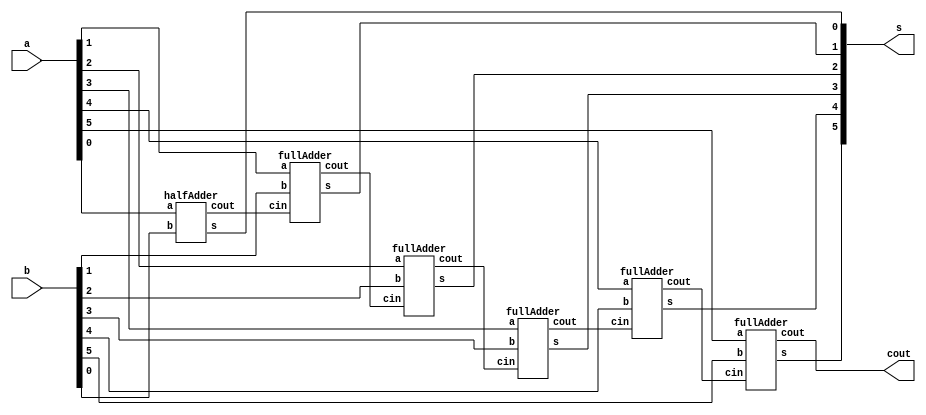
// ------------------------- 
// Exemplo0031 - FULL ADDER AND SUBSTRACTOR 
// Nome: Silvino Henrique Santos de Souza 
// ------------------------- 
// ------------------------- 
// full adder & subtractor
// ------------------------- 


module Exercicio01(cout, s, a, b);
//-----definir dados
	output[5:0] s;
	output cout;
	input[5:0] a, b;
	wire fio1, fio2, fio3,fio4,fio5;

	halfAdder HALFADDER1(fio1, s[0], a[0], b[0]);
	fullAdder FULLADDER1(fio2, s[1], fio1, a[1], b[1]);
	fullAdder FULLADDER2(fio3, s[2], fio2, a[2], b[2]);
	fullAdder FULLADDER3(fio4, s[3], fio3, a[3], b[3]);
	fullAdder FULLADDER4(fio5, s[4], fio4, a[4], b[4]);
	fullAdder FULLADDER5(cout, s[5], fio5, a[5], b[5]);
	
endmodule// fim exercicio01

module fullAdder(cout, s, cin, a, b);
	output cout, s;
	input cin, a, b;
	wire fio1, fio2, fio3;
	halfAdder HALFADDER1(fio2, fio1, a, b);
	halfAdder HALFADDER2(fio3, s, fio1, cin);
	or OR1(cout, fio3, fio2);
endmodule // fim full adder

module halfAdder(cout, s, a, b);
	output cout, s;
	input a, b;
	xor XOR1(s, a, b);
	and AND1(cout, a, b);
endmodule //fim half adder 

module testeExercicio01;
	reg[5:0] a, b;
	wire[5:0] s;
	wire cout;
	
	Exercicio01 FULL(cout, s, a, b);
	
	initial begin
	
	a=101101;
	b=010010;
	
	$display("Exercicio 01 - Silvino Henrique Santos de Souza - 412773");
	$display("Circuito Somador e subtrator");
	#1 $display(" %b +- %b = %b  %b",a,b,s,cout);
   a=111101;
	b=000110;
	#1 $display(" %b +- %b = %b  %b",a,b,s,cout);
   a=100001;
	b=010011;
	#1 $display(" %b +- %b = %b  %b",a,b,s,cout);
		
	end
	endmodule//---- fim exercicio01